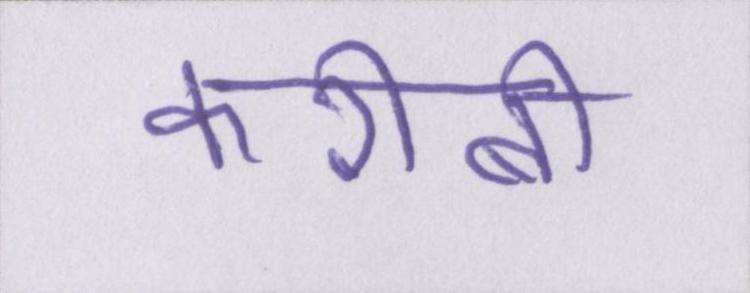
करीबी